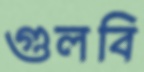
গুলবি